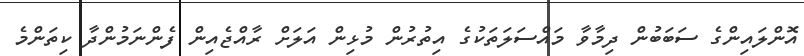
އޮންލައިންގެ ސަބަބުން ދިމާވާ މައްސަލަތަކުގެ އިތުރުން މުޅިން އަލަށް ރާއްޖެއިން ފެންނަމުންދާ ކިތަންމެ